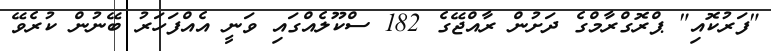
"ފަރުކޮއި" ޕްރޮގްރާމްގެ ދަށުން ރާއްޖޭގެ 182 ސްކޫލެއްގައި ވަނީ އެއްފަހަރު ބޭނުން ކުރެވޭ